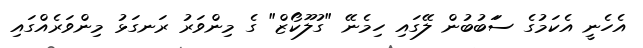
އެހެނީ އެކަމުގެ ސަަބުބުން ލޭގައި ހިމެނޭ "ގުލޫކޯޒް" ގެ މިންވަރު ރަނގަޅު މިންވަރެއްގައި